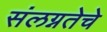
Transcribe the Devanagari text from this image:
संलग्नतेचे